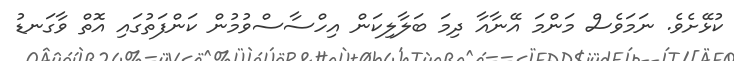
ކުޅޭށެވެ. ނަމަވެސް މަންމަ އޭނާއާ ދިމަ ބަލާލިކަން އިހްސާސްވުމުން ކަންފަތުގައި އޮތް ވާގަނޑު